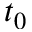
t _ { 0 }